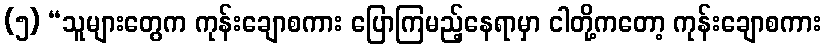
(၅) “သူများတွေက ကုန်းချောစကား ပြောကြမည့်နေရာမှာ ငါတို့ကတော့ ကုန်းချောစကား